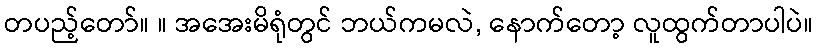
တပည့်တော်။ ။ အအေးမိရုံတွင် ဘယ်ကမလဲ, နောက်တော့ လူထွက်တာပါပဲ။